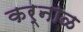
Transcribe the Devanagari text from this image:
कर्नाळ